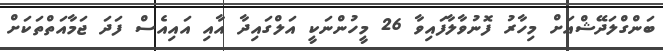
ބަންގްލަދޭޝްއަށް މިހާރު ފޮނުވާލާފައިވާ 26 މީހުންނަކީ އަލްގައިދާ އާއި އައިއެސް ފަދަ ޖަމާއަތްތަކަށް